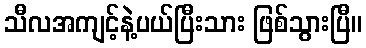
သီလအကျင့်နဲ့ပယ်ပြီးသား ဖြစ်သွားပြီ။